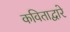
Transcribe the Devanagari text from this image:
कविताद्वारे